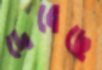
দেবেছে